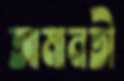
আমানতী